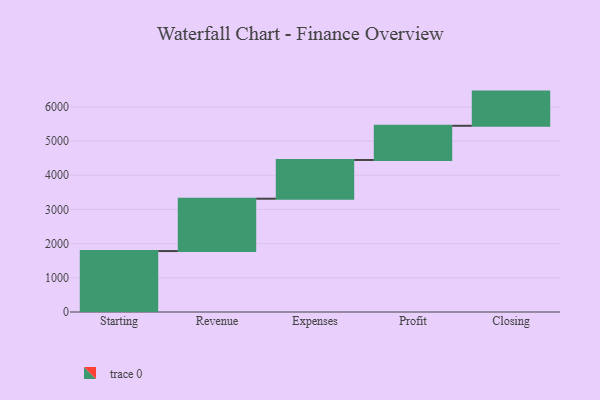
{"axis": {"x": "Step", "y": "Value"}, "legend": [""], "data": [{"x": "Starting", "y": 1783.0, "type": ""}, {"x": "Revenue", "y": 1531.0, "type": ""}, {"x": "Expenses", "y": 1133.0, "type": ""}, {"x": "Profit", "y": 1000, "type": ""}, {"x": "Closing", "y": 1000, "type": ""}]}